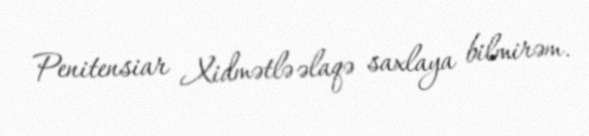
Penitensiar Xidmətlə əlaqə saxlaya bilmirəm.